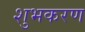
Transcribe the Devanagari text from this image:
शुभकरण